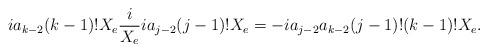
LaTeX: \begin{align*}i a_{k-2} (k-1)! X_e \frac{i}{X_e} i a_{j-2} (j-1)! X_e &= -i a_{j-2} a_{k-2} (j-1)! (k-1)! X_e.\end{align*}